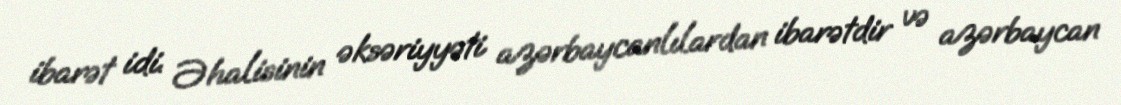
ibarət idi. Əhalisinin əksəriyyəti azərbaycanlılardan ibarətdir və azərbaycan